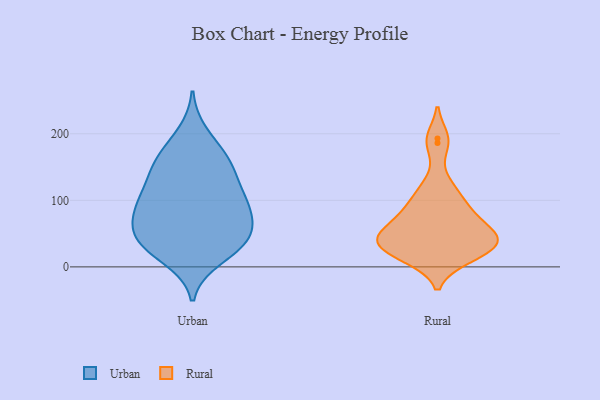
{"axis": {"x": "Temperature (°C)", "y": "Value"}, "legend": ["Rural", "Urban"], "data": [{"x": "", "y": 35, "type": "Urban"}, {"x": "", "y": 94, "type": "Urban"}, {"x": "", "y": 107, "type": "Urban"}, {"x": "", "y": 200, "type": "Urban"}, {"x": "", "y": 167, "type": "Urban"}, {"x": "", "y": 108, "type": "Urban"}, {"x": "", "y": 140, "type": "Urban"}, {"x": "", "y": 56, "type": "Urban"}, {"x": "", "y": 26, "type": "Urban"}, {"x": "", "y": 13, "type": "Urban"}, {"x": "", "y": 30, "type": "Urban"}, {"x": "", "y": 91, "type": "Urban"}, {"x": "", "y": 153, "type": "Urban"}, {"x": "", "y": 168, "type": "Urban"}, {"x": "", "y": 60, "type": "Urban"}, {"x": "", "y": 52, "type": "Urban"}, {"x": "", "y": 77, "type": "Urban"}, {"x": "", "y": 92, "type": "Urban"}, {"x": "", "y": 140, "type": "Urban"}, {"x": "", "y": 41, "type": "Urban"}, {"x": "", "y": 41, "type": "Rural"}, {"x": "", "y": 93, "type": "Rural"}, {"x": "", "y": 69, "type": "Rural"}, {"x": "", "y": 86, "type": "Rural"}, {"x": "", "y": 47, "type": "Rural"}, {"x": "", "y": 81, "type": "Rural"}, {"x": "", "y": 14, "type": "Rural"}, {"x": "", "y": 186, "type": "Rural"}, {"x": "", "y": 41, "type": "Rural"}, {"x": "", "y": 13, "type": "Rural"}, {"x": "", "y": 62, "type": "Rural"}, {"x": "", "y": 48, "type": "Rural"}, {"x": "", "y": 37, "type": "Rural"}, {"x": "", "y": 193, "type": "Rural"}, {"x": "", "y": 115, "type": "Rural"}, {"x": "", "y": 38, "type": "Rural"}, {"x": "", "y": 32, "type": "Rural"}, {"x": "", "y": 122, "type": "Rural"}, {"x": "", "y": 15, "type": "Rural"}, {"x": "", "y": 33, "type": "Rural"}]}